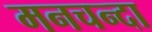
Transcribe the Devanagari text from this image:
मनचन्दा